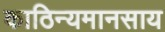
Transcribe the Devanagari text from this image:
काठिन्यमानसाय